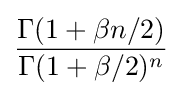
{\frac {\Gamma (1+\beta n/2)}{\Gamma (1+\beta /2)^{n}}}